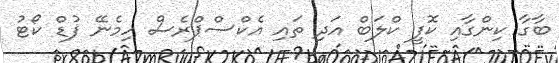
ބާގާ ކިންގާއި ކޮފީ ކްލަބް އަދި ތައި އެކްސްޕްރެސް ހިމެނޭ ފުޑް ކޯޓު